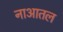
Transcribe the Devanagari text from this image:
नाआतल